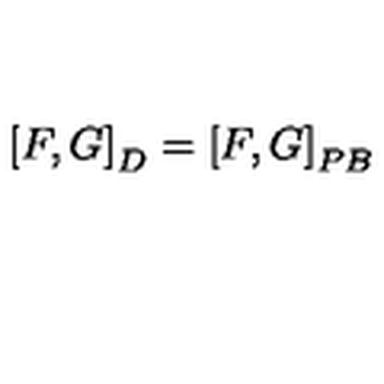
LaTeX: \left[ F , G \right] _ { D } = \left[ F , G \right] _ { P B }